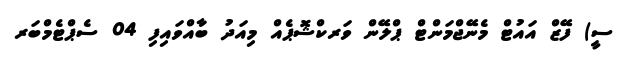
ސީ) ފޭޒް އައުޓް މެނޭޖްމަންޓް ޕްލޭން ވަރކްޝޮޕެއް މިއަދު ބާއްވައިފި 04 ސެޕްޓެމްބަރ